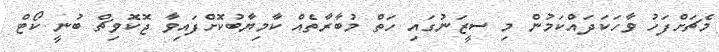
މެޗަށްފަހު ވާހަކަދައްކަމުން މި ސީޒަނުގައި ހަތް މުބާރާތެއް ކާމިޔާބުކޮށްފައިވާ ޖޮކޮވިޗް ބުނީ ކޯޓް